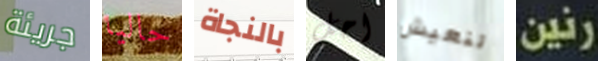
جريئة حاليا بالنجاة احل لنعيش رنين